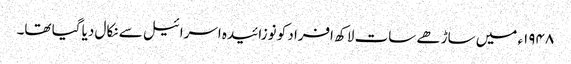
۱۹۴۸ء میں ساڑھے سات لاکھ افراد کو نوزائیدہ اسرائیل سے نکال دیا گیا تھا۔